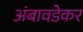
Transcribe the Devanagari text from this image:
अंबावडेकर